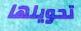
تحويلها